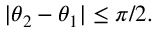
| \theta _ { 2 } - \theta _ { 1 } | \leq \pi / 2 .